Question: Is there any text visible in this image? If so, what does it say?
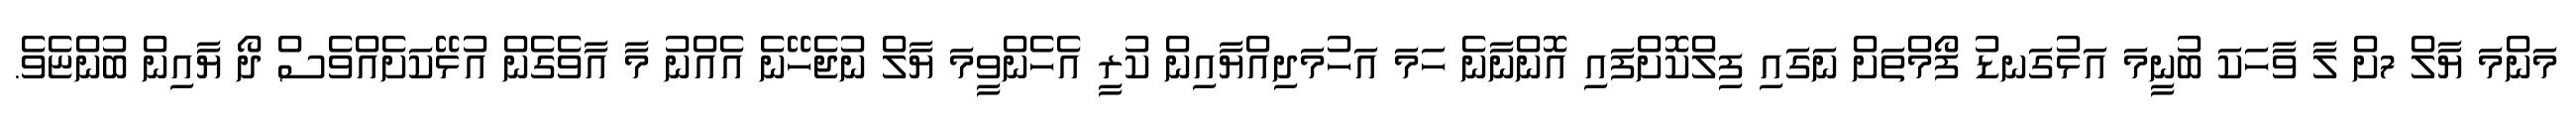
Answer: މަންމަ ޔާލް 7ށް ލާ ވާހަކަ ބުނީމަ އަޅުގަނޑު ފޯމްތަށް ނަގައި ފިލްކޮށްފައި އޮންނާނެ ހަމަ އަހުމަދިއްޔާއިން ކުރީ އެހެންވީމަ ޔާލް ނުޖެހޭނެ އެއްނު މާ އާވެގެން އުޅޭކަށެއްވެސް ދޯ ޔާއިން ބުންޏެވެ.